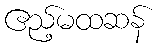
ဧည့်မထဆန်